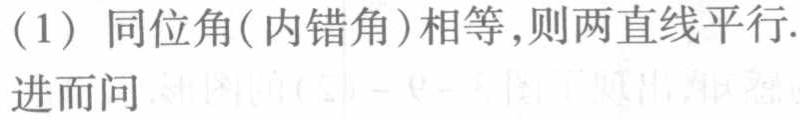
（1）同位角(内错角)相等,则两直线平行.
进而问